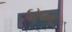
૪૦૬